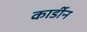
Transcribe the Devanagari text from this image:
कार्डीन